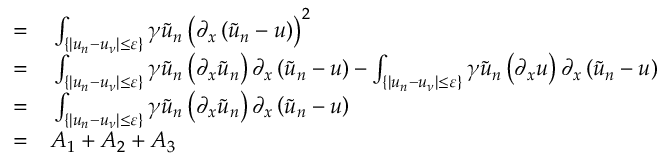
\begin{array} { r l } { = } & { { } \int _ { \{ | u _ { n } - u _ { \nu } | \leq \varepsilon \} } \gamma \tilde { u } _ { n } \left( \partial _ { x } \left( \tilde { u } _ { n } - u \right) \right) ^ { 2 } } \\ { = } & { { } \int _ { \{ | u _ { n } - u _ { \nu } | \leq \varepsilon \} } \gamma \tilde { u } _ { n } \left( \partial _ { x } \tilde { u } _ { n } \right) \partial _ { x } \left( \tilde { u } _ { n } - u \right) - \int _ { \{ | u _ { n } - u _ { \nu } | \leq \varepsilon \} } \gamma \tilde { u } _ { n } \left( \partial _ { x } u \right) \partial _ { x } \left( \tilde { u } _ { n } - u \right) } \\ { = } & { { } \int _ { \{ | u _ { n } - u _ { \nu } | \leq \varepsilon \} } \gamma \tilde { u } _ { n } \left( \partial _ { x } \tilde { u } _ { n } \right) \partial _ { x } \left( \tilde { u } _ { n } - u \right) } \\ { = } & { { } A _ { 1 } + A _ { 2 } + A _ { 3 } } \end{array}